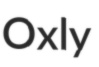
Oxly